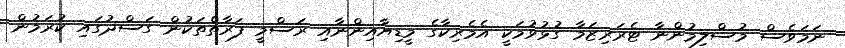
ނަމަވެސް މުސްލިމުންނާ ޓެރަރިޒަމާ ގުޅުވުމަކީ އެމެރިކާގެ މީޑިޔާއިންނާއި ރަސްމީ ފަރާތްތަކުން ގަސްދުގައި ކުރަމުން